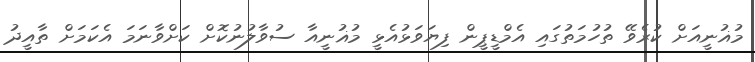
މުޣުނީއަށް ކުރެވޭ ތުހުމަތުގައި އެމްޑީޕީން ފިޔަވަޅުއެޅީ މުޣުނީއާ ސުވާލުނުކޮށް ކަށްވާނަމަ އެކަމަށް ތާއީދު